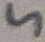
Text: 5